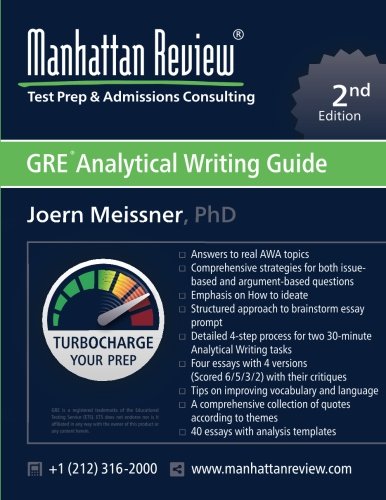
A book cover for Manhattan Review GRE Analytical Writing Guide [2nd Edition]: Answers to Real AWA Topics; Joern Meissner; Test Preparation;